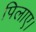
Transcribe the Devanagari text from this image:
पिलाए।